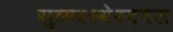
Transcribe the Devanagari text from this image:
सुव्यवस्थेबद्दल